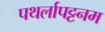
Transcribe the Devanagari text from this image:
पथर्लापट्टनम